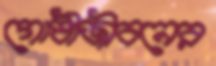
গোষ্ঠীজীবনের